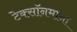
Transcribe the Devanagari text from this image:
टेक्सॉनमाना